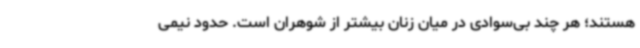
هستند؛ هر چند بی‌سوادی در میان زنان بیشتر از شوهران است. حدود نیمی